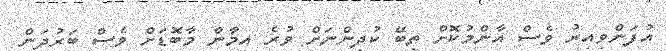
އުފަންވިއިރު ވެސް އާންމުކޮށް ތިބޭ ކުދިންނަށް ވުރެ އިމާން މާބޮޑަށް ވެސް ބަރުދަން